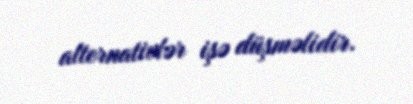
alternativlər işə düşməlidir.